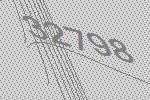
32798